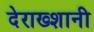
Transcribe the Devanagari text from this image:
देराख्शानी